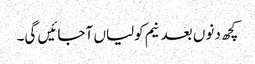
کچھ دنوں بعد نیم کولیاں آجائیں گی۔